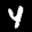
Label: 4